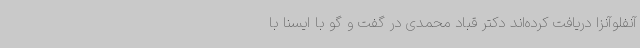
آنفلوآنزا دریافت کرده‌اند دکتر قباد محمدی در گفت و گو با ایسنا با